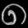
Digit: ၈